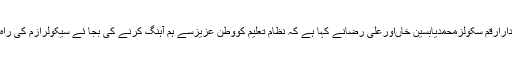
وزیرآباد(جی پی آئی) مینجنگ ڈائریکٹردارارقم سکولزمحمدیابسین خاںاورعلی رضانے کہا ہے کہ نظام تعلیم کووطن عزیزسے ہم آہنگ کرنے کی بجا ئے سیکولرازم کی راہ پرگامزن کرنے کی سازش ہورہی ہے۔